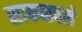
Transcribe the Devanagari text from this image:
साकळवले